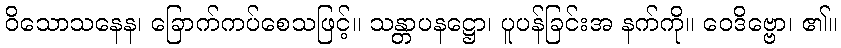
ဝိသောသနေန၊ ခြောက်ကပ်စေသဖြင့်။ သန္တာပနဋ္ဌော၊ ပူပန်ခြင်းအ နက်ကို။ ဝေဒိဗ္ဗော၊ ၏။